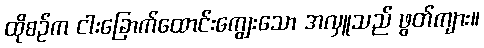
ထိုစဉ်က ငါးခြောက်ထောင်းကျွေးသော အလှူသည် ဖွတ်ကျား။